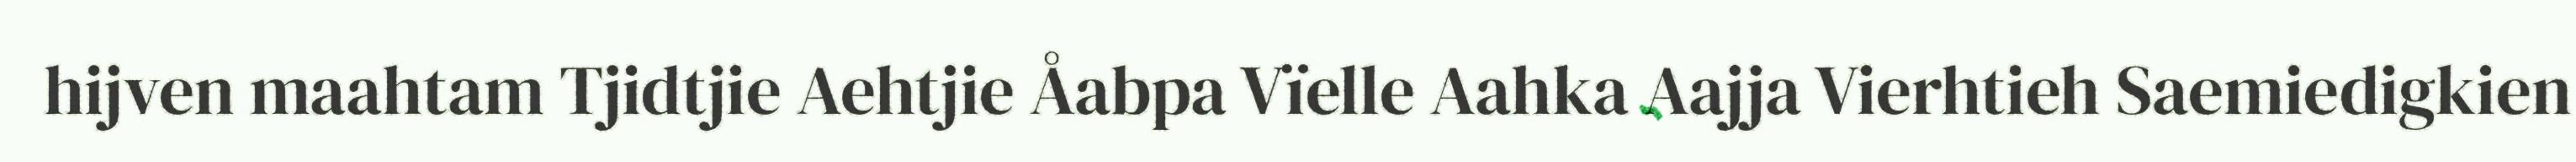
hijven maahtam Tjidtjie Aehtjie Åabpa Vïelle Aahka Aajja Vierhtieh Saemiedigkien